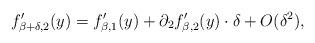
LaTeX: \begin{align*} f_{\beta + \delta, 2} ' (y) = f_{\beta,1} ' (y) + \partial_2 f'_{\beta,2} (y) \cdot \delta + O(\delta^2), \end{align*}